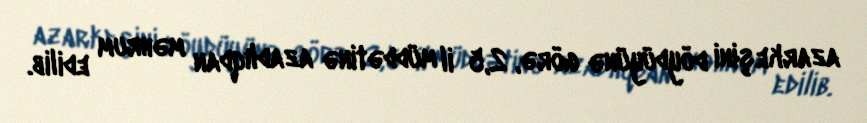
azarkeşini döydüyünə görə, 2,5 il müddətinə azadlıqdan məhrum edilib.